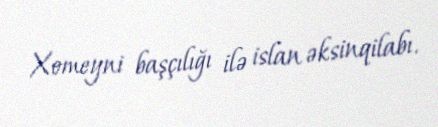
Xomeyni başçılığı ilə islan əksinqilabı.